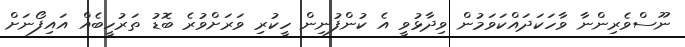
ނޫސްވެރިންނާ ވާހަކަދައްކަވަމުން ވިދާޅުވީ އެ ކުންފުނިން ހީކުރި ވަރަށްވުރެ ބޮޑު ތަރުހީބެއް އައިފޯނަށް